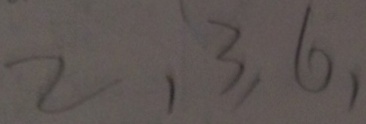
2 , 3 , 6 ,